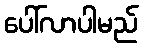
ပေါ်လာပါမည်